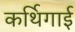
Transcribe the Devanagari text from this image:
कर्थिगाई